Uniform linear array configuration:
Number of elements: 48
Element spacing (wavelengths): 1
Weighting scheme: kaiser
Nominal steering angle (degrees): -30
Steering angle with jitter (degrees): -31.36
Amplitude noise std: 0.05
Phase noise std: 0.05

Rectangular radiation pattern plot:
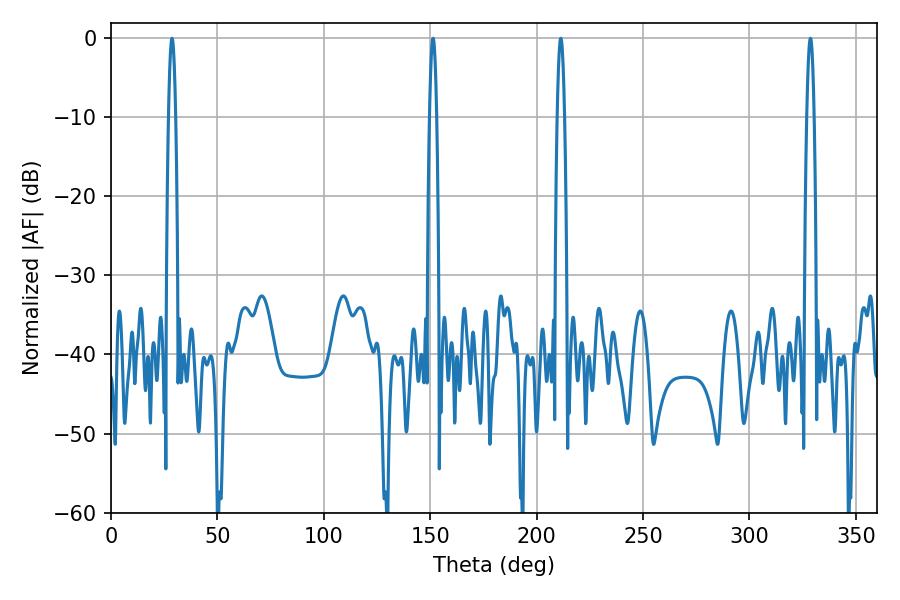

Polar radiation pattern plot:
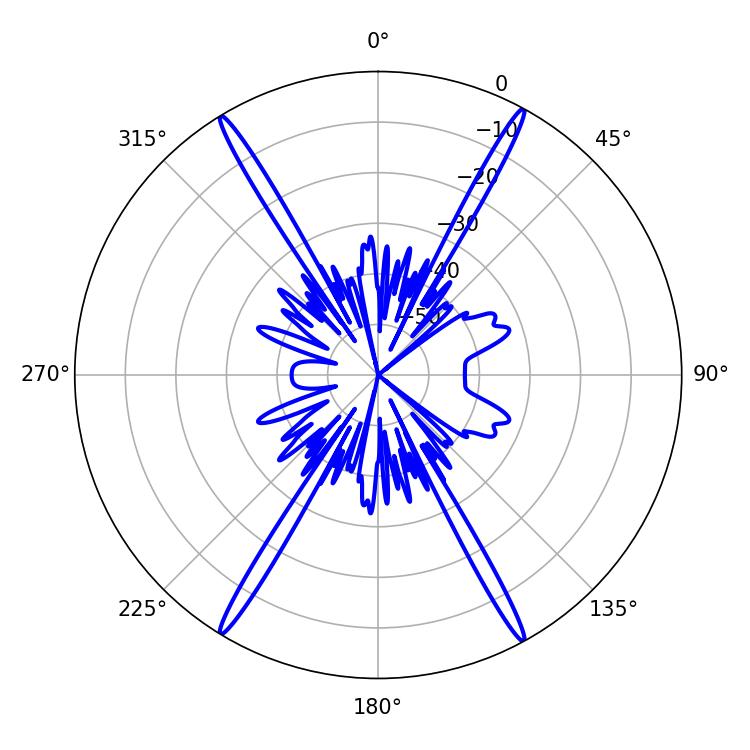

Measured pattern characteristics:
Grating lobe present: TRUE
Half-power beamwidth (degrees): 1.8
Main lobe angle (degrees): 211.32